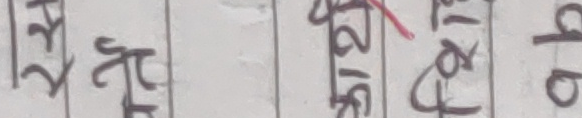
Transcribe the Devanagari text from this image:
२५ श्वास श्वास १८ १५ १७